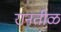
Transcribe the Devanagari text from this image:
रानतीळ